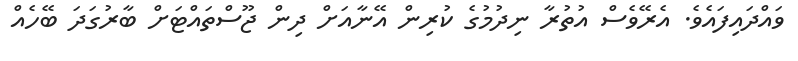
ވައްދައިފައެވެ. އެރޭވެސް އުތުރާ ނިދުމުގެ ކުރިން އޭނާއަށް ދިން ޖޫސްތައްޓަށް ބާރުގަދަ ބޭހެއް